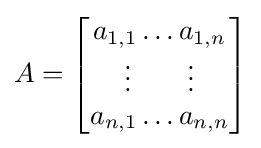
A={\begin{bmatrix}a_{1,1}\ldots a_{1,n}\\\vdots \qquad \vdots \\a_{n,1}\ldots a_{n,n}\end{bmatrix}}